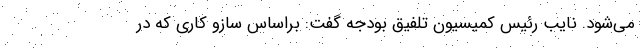
می‌شود. نایب رئیس کمیسیون تلفیق بودجه گفت: براساس سازو کاری که در